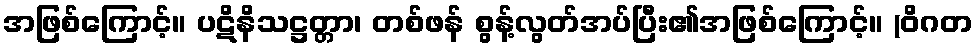
အဖြစ်ကြောင့်။ ပဋိနိသဋ္ဌတ္တာ၊ တစ်ဖန် စွန့်လွတ်အပ်ပြီး၏အဖြစ်ကြောင့်။ (ဝိဂတ